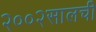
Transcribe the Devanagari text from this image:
२००२सालची